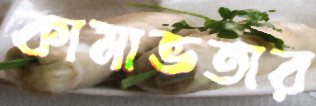
কামাভতার